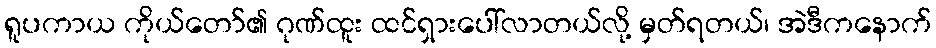
ရူပကာယ ကိုယ်တော်၏ ဂုဏ်ထူး ထင်ရှားပေါ်လာတယ်လို့ မှတ်ရတယ်၊ အဲဒီကနောက်